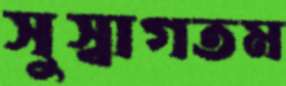
সুস্বাগতম